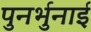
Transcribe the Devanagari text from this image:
पुनर्भुनाई